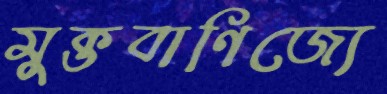
মুক্তবাণিজ্যে